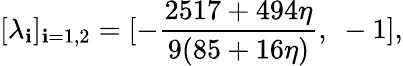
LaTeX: [\lambda_{\mathbf{i}}]_{\mathbf{i}=1,2}=[-{\frac{{2517+494\eta}}{{9(85+16\eta)}}},~-1],